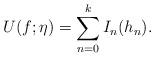
LaTeX: \begin{align*}U (f;\eta )=\sum_{n=0}^{k}I_{n}(h_{n}).\end{align*}